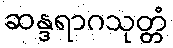
ဆန္ဒရာဂသုတ္တံ